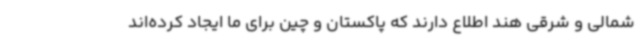
شمالی و شرقی هند اطلاع دارند که پاکستان و چین برای ما ایجاد کرده‌اند